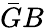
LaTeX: \bar{G}B